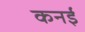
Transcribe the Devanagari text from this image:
कनई